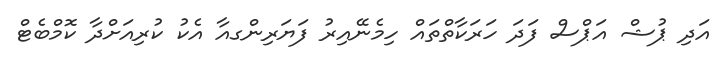
އަދި ޕުޝް އަޕްސް ފަދަ ހަރަކާތްތައް ހިމެނޭއިރު ފަޔަރިންގއާ އެކު ކުރިއަށްދާ ކޮމްބެޓް